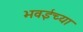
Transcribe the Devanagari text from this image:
भवईच्या